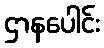
ဌာနပေါင်း